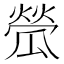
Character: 𤬐